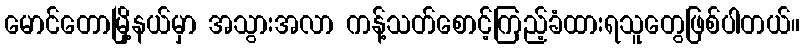
မောင်တောမြို့နယ်မှာ အသွားအလာ ကန့်သတ်စောင့်ကြည့်ခံထားရသူတွေဖြစ်ပါတယ်။